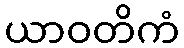
ယာဝတိကံ